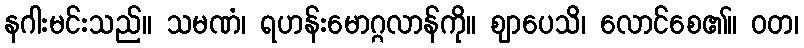
နဂါးမင်းသည်။ သမဏံ၊ ရဟန်းမောဂ္ဂလာန်ကို။ ဈာပေသိ၊ လောင်စေ၏။ ဝတ၊